Vital statistics of India. Vol. IV, Annual returns from 1871 to 1876. British Army of India, Native Army and jails of Bengal
Year: 1871
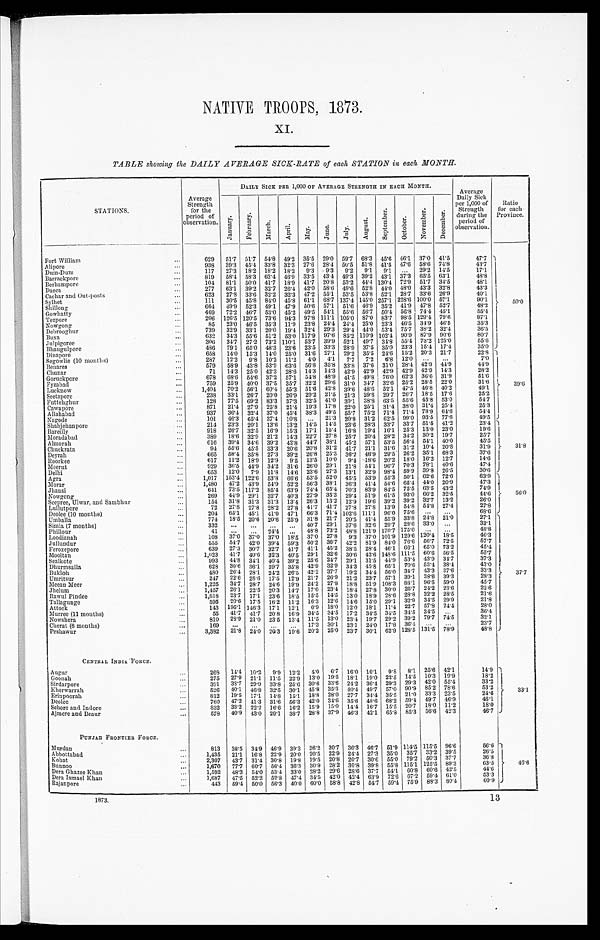
NATIVE TROOPS, 1873.
XI.
TABLE showing the DAILY AVERAGE SICK-RATE of each STATION in each MONTH.
STATIONS.
Average
Strength
for the
period of
observation.
DAILY SICK PER 1,000 OF AVERAGE STRENGTH IN EACH MONTH.
Average
Daily Sick
per 1,000 of
Strength
during the
period of
observation.
R a t i o
for each
Province.
J a n u a r y .
F e b r u a r y .
M a r c h .
A p r i l .
M a y .
J u n e .
J u l y .
A u g u s t .
S e p t e m b e r .
O c t o b e r .
N o v e m b e r .
D e c e m b e r .
Fort William . . .
629
51.7
51.7
54.8 49.2 35.5 29.0
59.7 68.3 45.6 46.1
37.0 41.5
47.7
50.0
Alipore . . .
938
39.3
45.4 33.8
32.3
27.6
28.4
50.5
51.8 41.5 47.6
58.6 74.8
43.7
Dum-Dum . . .
117
27.3
18.2
18.2
18.2
9.3
9.3
9.2
9.1
9.1
. . .
29.2
14.5
17.1
Barrackpore . . .
819
58.4
58.3
63.4 46.9
33.5 43.4 49.3
39.2 43.1
37.3
65.5 63.1
48.8
Berhampore . . .
104
81.1 50.0
41.7
18.9
41.7 20.8
53.2 44.4 130.4
72.9
51.7
34.5
48.1
Dacca . . .
277
63.1
39.2 32.7
26.4 42.0 58.6 49.6
52.8 44.0 48.0
43.3
32.8
43.3
Cachar and Out-posts . . .
623
27.8
33.6 32.2
32.3
47.2
55.1
53.5 53.8
52.1
28.7 33.6
26.9
40.1
Sylhet . . .
111
30.5
45.8
84.0 45.8
61.1 68.7 137.4 145.0 257.1 228.6 100.0
57.1
90.1
Shillong . . .
664
49.9
52.3
49.1
47.9
50.6
57.1
51.6
46.9 35.2
4 1 . 9 47.8
52.7
48.2
Gowhatty . . .
469
72.2
46.7 53.0 45.2 49.5
54.1
55.6
56.7 50.4 56.8
74.4 45.1
55.4
Tezpore . . .
206
126.5 120.5 73.6
94.3 97.8 111.1 105.0 87.0 83.7 98.5 129.4 79.6
97.1
Nowgong . . .
85
23.0 46.5 35.3
11.9
23.8
24.4 24.4 25.0
23.3 46.5
34.9
46.5
35.3
Debrooghur . . .
739
32.9
33.1
20.0
19.4 32.4 29.3
29.4 44.0 53.4 75.7
38.2
32.4
36.5
Buxa . . .
632
34.3
55.6
51.2
53.0 117.9 97.6 85.2 110.9 102.4 90.9
87.9 90.6
80.7
Julpigoree . . .
306
34.7
27.2 73.2 110.1
53.7 39.9
52.1
49.7 34.8
55.4 73.2 125.0
55.6
Bhaugulpore . . .
486
79.1
65.0 48.3
23.6
23.5
33.3
28.9
37.5 35.0
23.3
15.4
17.4
35.0
Dinapore . . .
658
14.0
15.3
14.0
25.0 31.6
27.1
29.2 35.5 24.6
15.2
20.3
21.7
22.8
39.6
Segowlie (10 months) . . .
287
12.2
9.8
10.2
11.2
4.0
4.1
7.7
7.2
6.8
12.0
. . .
. . .
7 . 0
Benares . . .
579
58.9
43.8 53.9
63.6
56.8
35.8
33.8 37.6 31.0 28.4 42.9 44.9
44.9
Chunar . . .
71
14.3
25.0
42.3 28.6
14.3
14.3 42.9 42.9 42.9
42.9 42.9
14.3
28.2
Goruckpore . . .
678
68.6
54.6 37.2
57.1
54.8
48.9
41.5
49.8 76.0 62.3
36.6 31.9
51.6
Fyzabad . . .
759
25.9
40.0 37.5
35.7
32.2
29.6
31.0
34.7 32.6
25.2
28.5
22.0
31.6
Lucknow . . .
1,404
70.2
56.1
60.4
55.3 51.6
42.8
39.6
48.6 52.1
47.5
46.8
40.2
49.1
Seetapore . . .
238
33.1
26.7 20.0
26.9
29.2
21.5
21.3
29.8 29.7 26.7 18.5
17.6
25.2
Futtehghur . . .
128
77.5 69.2 83.3
37.3
32.5 41.0
39.1
38.8 63.5
55.6 45.8
53.0
54.7
Cawnpore . . .
871
21.4
27.9
25.8
21.4
19.3
17.8
22.0 25.1
31.4 38.0
31.4 25.4
25.3
Allahabad . . .
937
36.4
32.4 37.0
4 5 . 4 38.3
49.5
55.7
75.2 71.4
71.4 78.9
64.6
54.4
Nagode . . .
101
46.3
65.4 37.4
10.8
. . .
21.3
20.8
31.2
62.5 99.0 93.5
77.6
49.5
Shahjehanpore . . .
214
23.3
20.1
13.6
13.2
14.5
14.5
23.6 28.3
33.7
33.7
51.5
41.2
23.4
31.8
Bareilly . . .
918
26.7
32.5
16.9
15.3
17.1
15.4
16.8 19.4
16.1
25.3
13.0 23.0
19.6
Moradabad . . .
389
18.6
32.9 21.2
14.3
22.7
27.8
25.7
20.4 28.2 34.2
30.2
19.7
25.7
Almorah . . .
616
39.4 34.6 39.2
42.8 44.7
38.1
45.2
57.1
53.5 56.4 54.1 40.0
45.5
Chuckrata . . .
94
55.6
45.5
33.3
20.6
20.8
31.2 41.7
21.1
31.6 31.2
10.4 20.8
31.9
Deyrah . . .
665
58.4
35.8
27.3
39.2
26.8
25.3 36.2
46.9
29.5
26.2 35.1
68.3
37.6
Roorkee . . .
617
11.2
18.9
12.9
9.5
13.5
10.0
9.4
18.6
20.2
18.0 16.2
12.7
14.6
Meerut . . .
929
36.5
44.9
34.2
31.6
26.0
29.1
21.8
54.1 96.7
70.3
78.1
40.6
47.4
Delhi . . .
653
12.0
7.9
11.8
14.6
23.6
27.3
13.1
32.9
98.4 59.9
39.8
26.5
30.6
Agra . . .
1,017
153.4 122.6
53.8
66.6
53.5
52.0 45.5
53.9
55.3
50.1
62.6 72.6
63.9
56.0
Morar . . .
1,480
47.2
43.9
54.9
52.2
56.3
38.1
36.3
41.4
54.6
65.4 44.0 20.9
47.3
Jhansi . . .
641
73.5 117.2 85.4
63.9
74.4 65.4
70.3
83.9 84.5
75.5
63.5
43.2
74.9
Nowgong . . .
269
44.9 29.1
32.7
40.3
27.9 35.3
29.4 51.9
61.5 93.0
66.2 32.5
44.6
Seepree, Ulwar, and Sambhur . . .
154
31.8
31.3
31.3
13.4
26.3
13.2
12.9
19.6
39.2 39.2
32.7
13.2
26.0
Lullutpore . . .
72
27.8 27.8
28.2 27.8
41.7
41.7 27.8 27.8 13.9
54.8
54.8
27.4
27.8
Deolee (10 months) . . .
204
65.1
45.1
41.0
47.1
66.3
71.4 102.6 111.1
96.0
75.6
. . .
. . .
68.6
Umballa . . .
774
18.5
20.6
20.6
25.9
31.8
21.7
20.5
41.4
55.9
33.8
24.8
21.0
27.1
37.7
Simla (7 months) . . .
332
. . .
. . .
. . .
. . .
40.7 29.1
37.6
32.6
29.7
28.6
33.0
. . .
33.1
Phillour . . .
41
. . .
. . .
24.4
. . .
48.8
73.2 48.8 121.9 170.7 175.0
. . .
. . .
48.8
Loodianah . . .
108
37.0 37.0
37.0
18.5
37.0
27.8
9.3
37.0 101.9 129.6 120.4
18.5
46.3
Jullundur . . .
555
54.7
42.0 39.4 59.3
50.2
36.7 42.2
81.9
84.0
76.6
56.7
72.5
57.7
Ferozepore . . .
639
27.3
30.7 32.7 41.7 41.1 45.2 38.5
28.4 46.1 66.1
65.0
73.2
45.4
Mooltan . . .
1,023
41.7
40.6 32.3
40.5
29.1
32.6 30.6 42.6 148.6 111.5
60.6 56.5
55.7
Sealkote . . .
993
44.8 34.1
40.4 39.2
25.6
24.7
29.1
31.5
44.9
53.4 43.9
34.7
37.3
Dhurmsalla . . .
628
30.6
36.1
39.7 35.8
42.9
32.9 34.3
45.8
65.1
70.6 53.4 38.4
43.0
Bukloh . . .
480
26.4
28.1
24.2 26.5
42.2
37.7
19.2
34.4
56.0
34.7
43.3
37.6
33.3
Umritsur . . .
247
22.6
28.6
17.5
12.9
21.7
26.9
21.2
23.7
57.1
39.1
38.6 39.3
28.3
Meean Meer . . .
1,225
34.7
28.7
24.6
19.9
24.2
27.8
18.8
51.9 108.3
88.1
96.5
59.0
45.7
Jhelum . . .
1,457
26.1
22.5
20.3 14.7
17.0
23.4
18.4 27.8 30.0
25.7
24.2
23.6
22.6
Rawul Pindee . . .
1,618
23.7
17.1
23.6 18.5
15.5
14.5
13.0 18.9
28.6
28.8
32.2 28.5
21.6
Tallagunge . . .
595
20.6
17.5
16.2
11.2
16.3
12.6
14.6
15.0 29.1
32.9
34.5
29.9
21.8
Attock . . .
143
195.1 146.3
17.1
12.1
6.9
18.0
12.0
18.1
11.4
22.7
57.8
24.4
28.0
Murree (11 months) . . .
55
41.7
41.7
20.8
16.9
34.5 34.5
17.2
34.5 34.5
34.5
34.5
. . .
36.4
Nowshera . . .
810
28.9
21.0 23.5
13.4 11.5
13.0
23.4
19.7 29.2 39.2
79.7
74.5
32.1
Cherat (6 months) . . .
169
. . .
. . .
. . .
. . .
17.3
30.1
23.1 24.0
17.8
36.4 . . .
. . .
23.7
Peshawur . . .
3,382
21.8
24.0 20.3
19.6
20.2
25.0
23.7
30.1
62.9 128.5 131.5 78.9
48.8
CENTRAL INDIA FORCE.
Augur . . .
268
14.4 10.2
9.9 12.2
4.0
6.7
16.0 16.1
9 . 8 8.1
25.6 42.1
14.9
33.1
Goonah . . .
275
27.9
21.1
11.5
22.9
1 3 . 0 19.5
18.1
19.0 22.5
14.5
10.3
19.9
18.2
Sirdarpore . . .
391
38.7
29.9
33.8
25.6
30.6 33.6
24.2
36.4 29.3
29.3 42.0
55.4
33.2
Kherwarrah . . .
526
40.1 46.8
32.5
30.1
45.8 35.3
4 0 . 4 49.7
57.0 90.9
85.2
78.6
53.2
Erinpoorah . . .
812
19.5
17.1 14.8
15.1
18.8
28.0
27.7
34.4 35.5
21.0
33.3
23.5
24.6
Deolee . . .
760
47.2 41.3
31.6
56.3
42.0 34.6
35.6
48.6 68.2
59.4 49.7
46.9
46.1
Sehore and Indore . . .
832
33.2
22.2
16.6
16.2
15.9
15.0
14.4 16.7
15.5
20.7
18.0
11.2
18.0
Ajmere and Beaur . . .
578
40.9 43.0
29.1
38.7
28.8
37.9 46.3
42.1
65.8
85.3
56.6
42.3
46.7
PUNJAB FRONTIER FORCE.
Murdan . . .
813
38.5
34.9 46.9
39.3
26.2 30.7
36.3
46.7
51.9 114.5 115.5 96.6
56.6
46.6
Abbottabad . . .
1,435
21.1
16.8
22.9
20.0
20.5
22.9
24.4 27.3
35.0
35.7
33.2 39.5
26.5
Kohat . . .
2,307
43.7
31.4 30.8
19.8
19.5
20.8
20.7
30.6 55.0
79.2
50.3 37.7
36.8
Bunnoo . . .
1,670
77.7
60.7
56.4 36.3
30.9
28.2 30.8 39.8 55.8 115.1 125.5 89.3
63.5
Dera Ghazee Khan . . .
1,592
48.3
54.0
53.4
33.0
28.2
29.6
28.6
37.7
54.1
60.8
60.6 42.5
44.6
Dera Ismael Khan . . .
1,687
47.5
52.2
52.8 47.4 34.5
42.0 42.4
63.9
72.6
67.2
59.4 61.0
53.3
R a j a n p o r e . . .
443
59.4 50.0
56.3
40.0
60.0
58.8
42.8
54.7
59.4 75.9
88.3
80.4
60.9
1873.
13